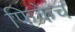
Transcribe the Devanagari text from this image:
फिकेच